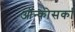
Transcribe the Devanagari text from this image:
ऑन्कोसर्का